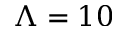
\Lambda = 1 0